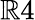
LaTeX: \mathbb{R}4